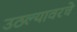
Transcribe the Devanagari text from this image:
उठल्यावरचे